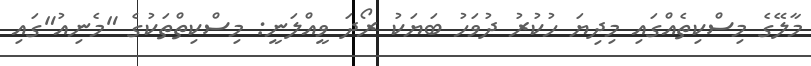
މާލޭގެ މިސްކިތެއްގައި މިދިޔަ ހުކުރު ދުވަހު ބަޔަކު ރޯދަ ވީއްލަނީ: މިސްކިތްތަކުގެ "މެނިއު"ގައި